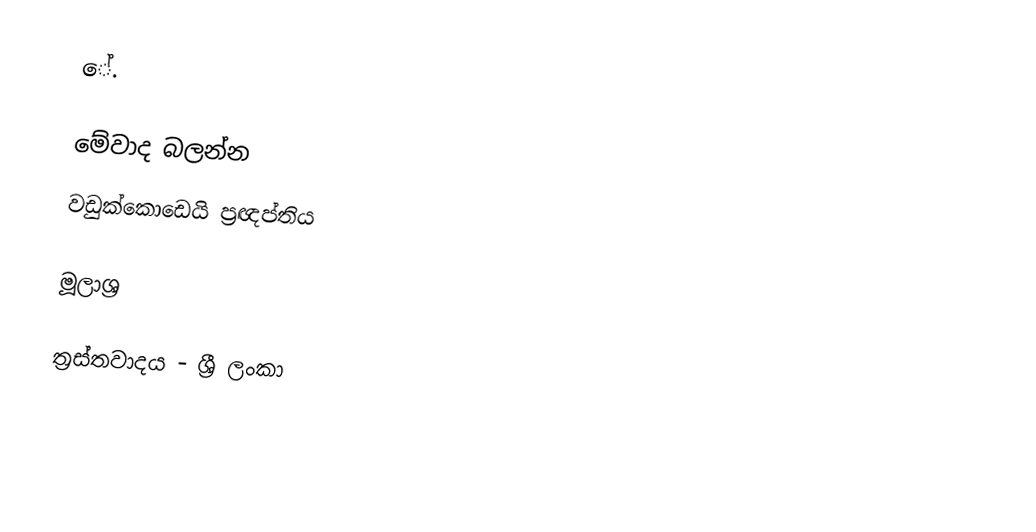
ේ.

මේවාද බලන්න
වඩුක්කොඩෙයි ප්‍රඥප්තිය

මූලාශ්‍ර

ත්‍රස්තවාදය - ශ්‍රී ලංකා